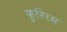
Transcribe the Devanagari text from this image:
कुरिरम